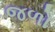
જળો